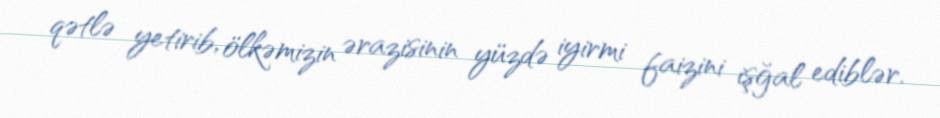
qətlə yetirib, ölkəmizin ərazisinin yüzdə iyirmi faizini işğal ediblər.